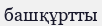
башқұртты